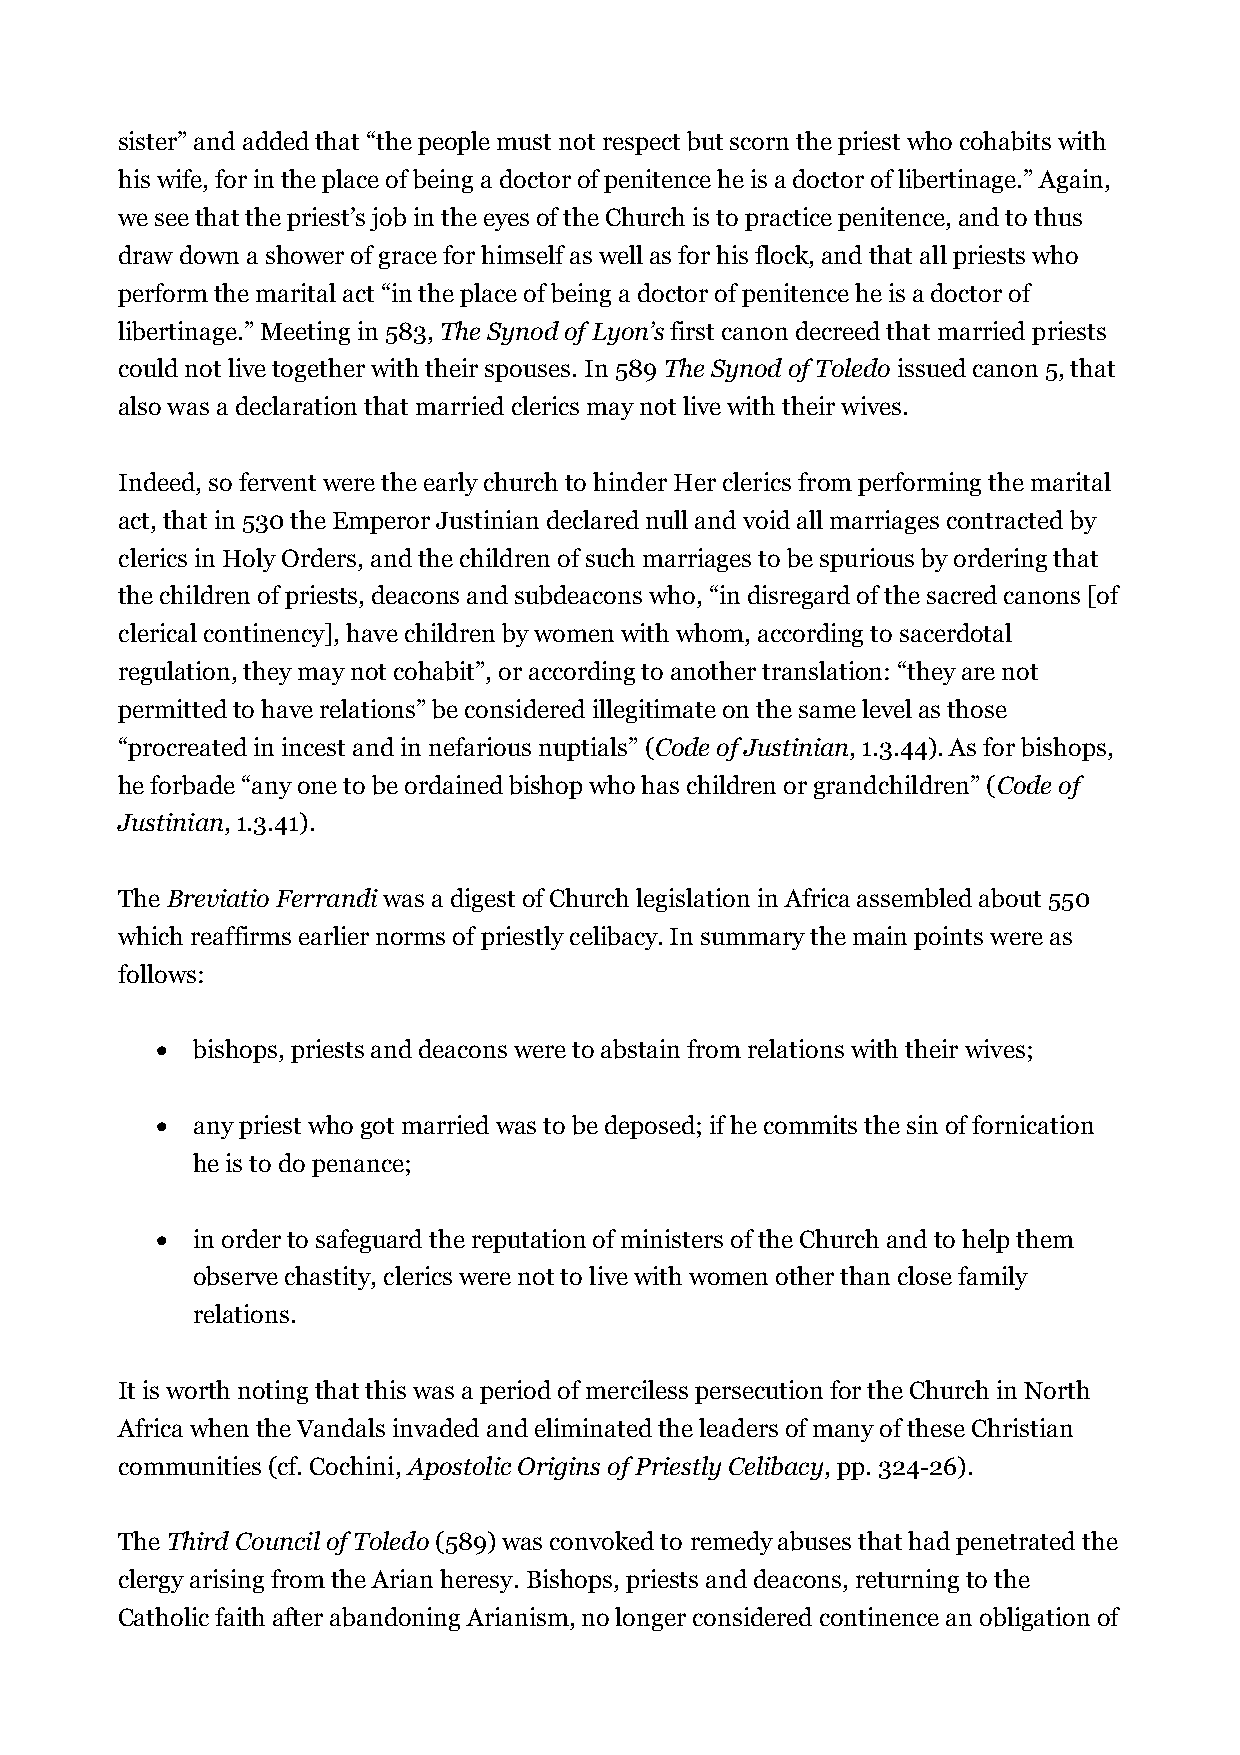
sister” and added that “the people must not respect but scorn the priest who cohabits with
 his wife, for in the place of being a doctor of penitence he is a doctor of libertinage.” Again,
 we see that the priest’s job in the eyes of the Church is to practice penitence, and to thus
 draw down a shower of grace for himself as well as for his flock, and that all priests who
 perform the marital act “in the place of being a doctor of penitence he is a doctor of
 libertinage.” Meeting in 583, The Synod of Lyon’s first canon decreed that married priests
 could not live together with their spouses. In 589 The Synod of Toledo issued canon 5, that
 also was a declaration that married clerics may not live with their wives.
 Indeed, so fervent were the early church to hinder Her clerics from performing the marital
 act, that in 530 the Emperor Justinian declared null and void all marriages contracted by
 clerics in Holy Orders, and the children of such marriages to be spurious by ordering that
 the children of priests, deacons and subdeacons who, “in disregard of the sacred canons [of
 clerical continency], have children by women with whom, according to sacerdotal
 regulation, they may not cohabit”, or according to another translation: “they are not
 permitted to have relations” be considered illegitimate on the same level as those
 “procreated in incest and in nefarious nuptials” (Code of Justinian, 1.3.44). As for bishops,
 he forbade “any one to be ordained bishop who has children or grandchildren” (Code of
 Justinian, 1.3.41).
 The Breviatio Ferrandi was a digest of Church legislation in Africa assembled about 550
 which reaffirms earlier norms of priestly celibacy. In summary the main points were as
 follows:
   bishops, priests and deacons were to abstain from relations with their wives;
   any priest who got married was to be deposed; if he commits the sin of fornication
 he is to do penance;
   in order to safeguard the reputation of ministers of the Church and to help them
 observe chastity, clerics were not to live with women other than close family
 relations.
 It is worth noting that this was a period of merciless persecution for the Church in North
 Africa when the Vandals invaded and eliminated the leaders of many of these Christian
 communities (cf. Cochini, Apostolic Origins of Priestly Celibacy, pp. 324-26).
 The Third Council of Toledo (589) was convoked to remedy abuses that had penetrated the
 clergy arising from the Arian heresy. Bishops, priests and deacons, returning to the
 Catholic faith after abandoning Arianism, no longer considered continence an obligation of